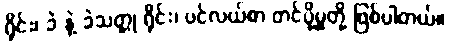
ရိုင်း၊ ခဲ နဲ့ ခဲသတ္တု ရိုင်း၊ ပင်လယ်စာ တင်ပို့မှုတို့ ဖြစ်ပါတယ်။